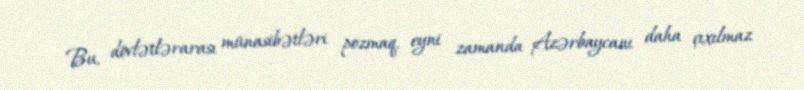
Bu, dövlətlərarası münasibətləri pozmaq, eyni zamanda Azərbaycanı daha çıxılmaz